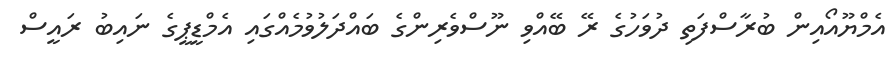
އެމްޔޫއޯއިން ބުރާސްފަތި ދުވަހުގެ ރޭ ބޭއްވި ނޫސްވެރިންގެ ބައްދަލުވުމެއްގައި އެމްޑީޕީގެ ނައިބު ރައީސް